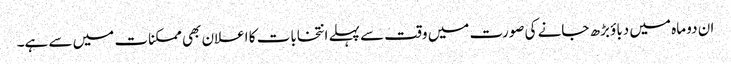
ان دو ماہ میں دباؤ بڑھ جانے کی صورت میں وقت سے پہلے انتخابات کا اعلان بھی ممکنات میں سے ہے۔